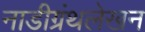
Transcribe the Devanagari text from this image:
नाडीग्रंथलेखन